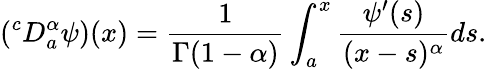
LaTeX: (^{c}D_{a}^{\alpha}\psi)(x)=\frac{1}{\Gamma(1-\alpha)}\int_{a}^{x}\frac{\psi^{\prime}(s)}{(x-s)^{\alpha}}ds.